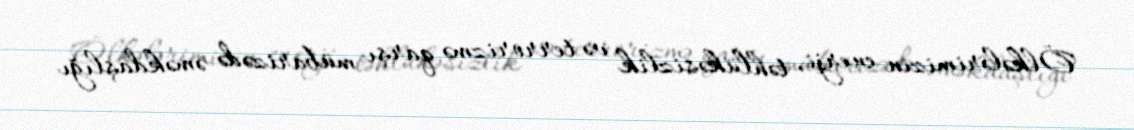
Ölkələrimizin enerji, təhlükəsizlik və terrorizmə qarşı mübarizədə əməkdaşlığı